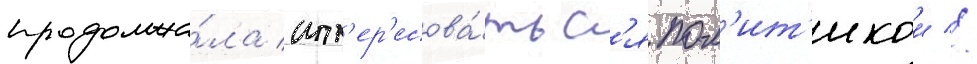
продолжа́ла инт'ер'есова́тьс'я пол'ит'икои //